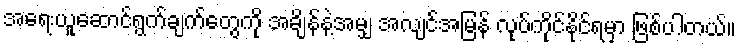
အရေးယူဆောင်ရွက်ချက်တွေကို အချိန်နဲ့အမျှ အလျင်အမြန် လုပ်ကိုင်နိုင်ရမှာ ဖြစ်ပါတယ်။